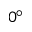
0 ^ { \circ }